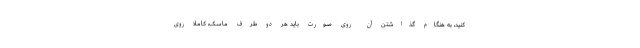
‌کنید، به هنگام گذاشتن آن روی صورت باید هر دو طرف ماسک، کاملا روی